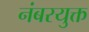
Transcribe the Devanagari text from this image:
नंबरयुक्त